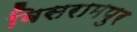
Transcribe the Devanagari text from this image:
बिसरामपुर